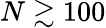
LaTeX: N\gtrsim 100